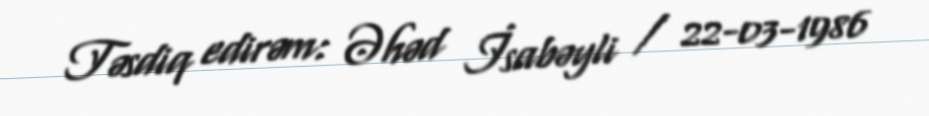
Təsdiq edirəm: Əhəd İsabəyli / 22-03-1986